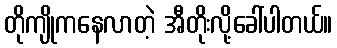
တိုကျိုကနေလာတဲ့ အီတိုးလို့ခေါ်ပါတယ်။